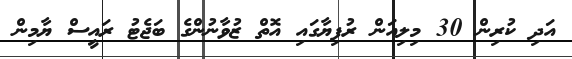
އަދި ކުރިން 30 މިލިއަން ރުފިޔާގައި އޮތް ޒުވާނުންގެ ބަޖެޓު ރައީސް ޔާމިން